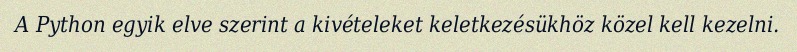
A Python egyik elve szerint a kivételeket keletkezésükhöz közel kell kezelni.